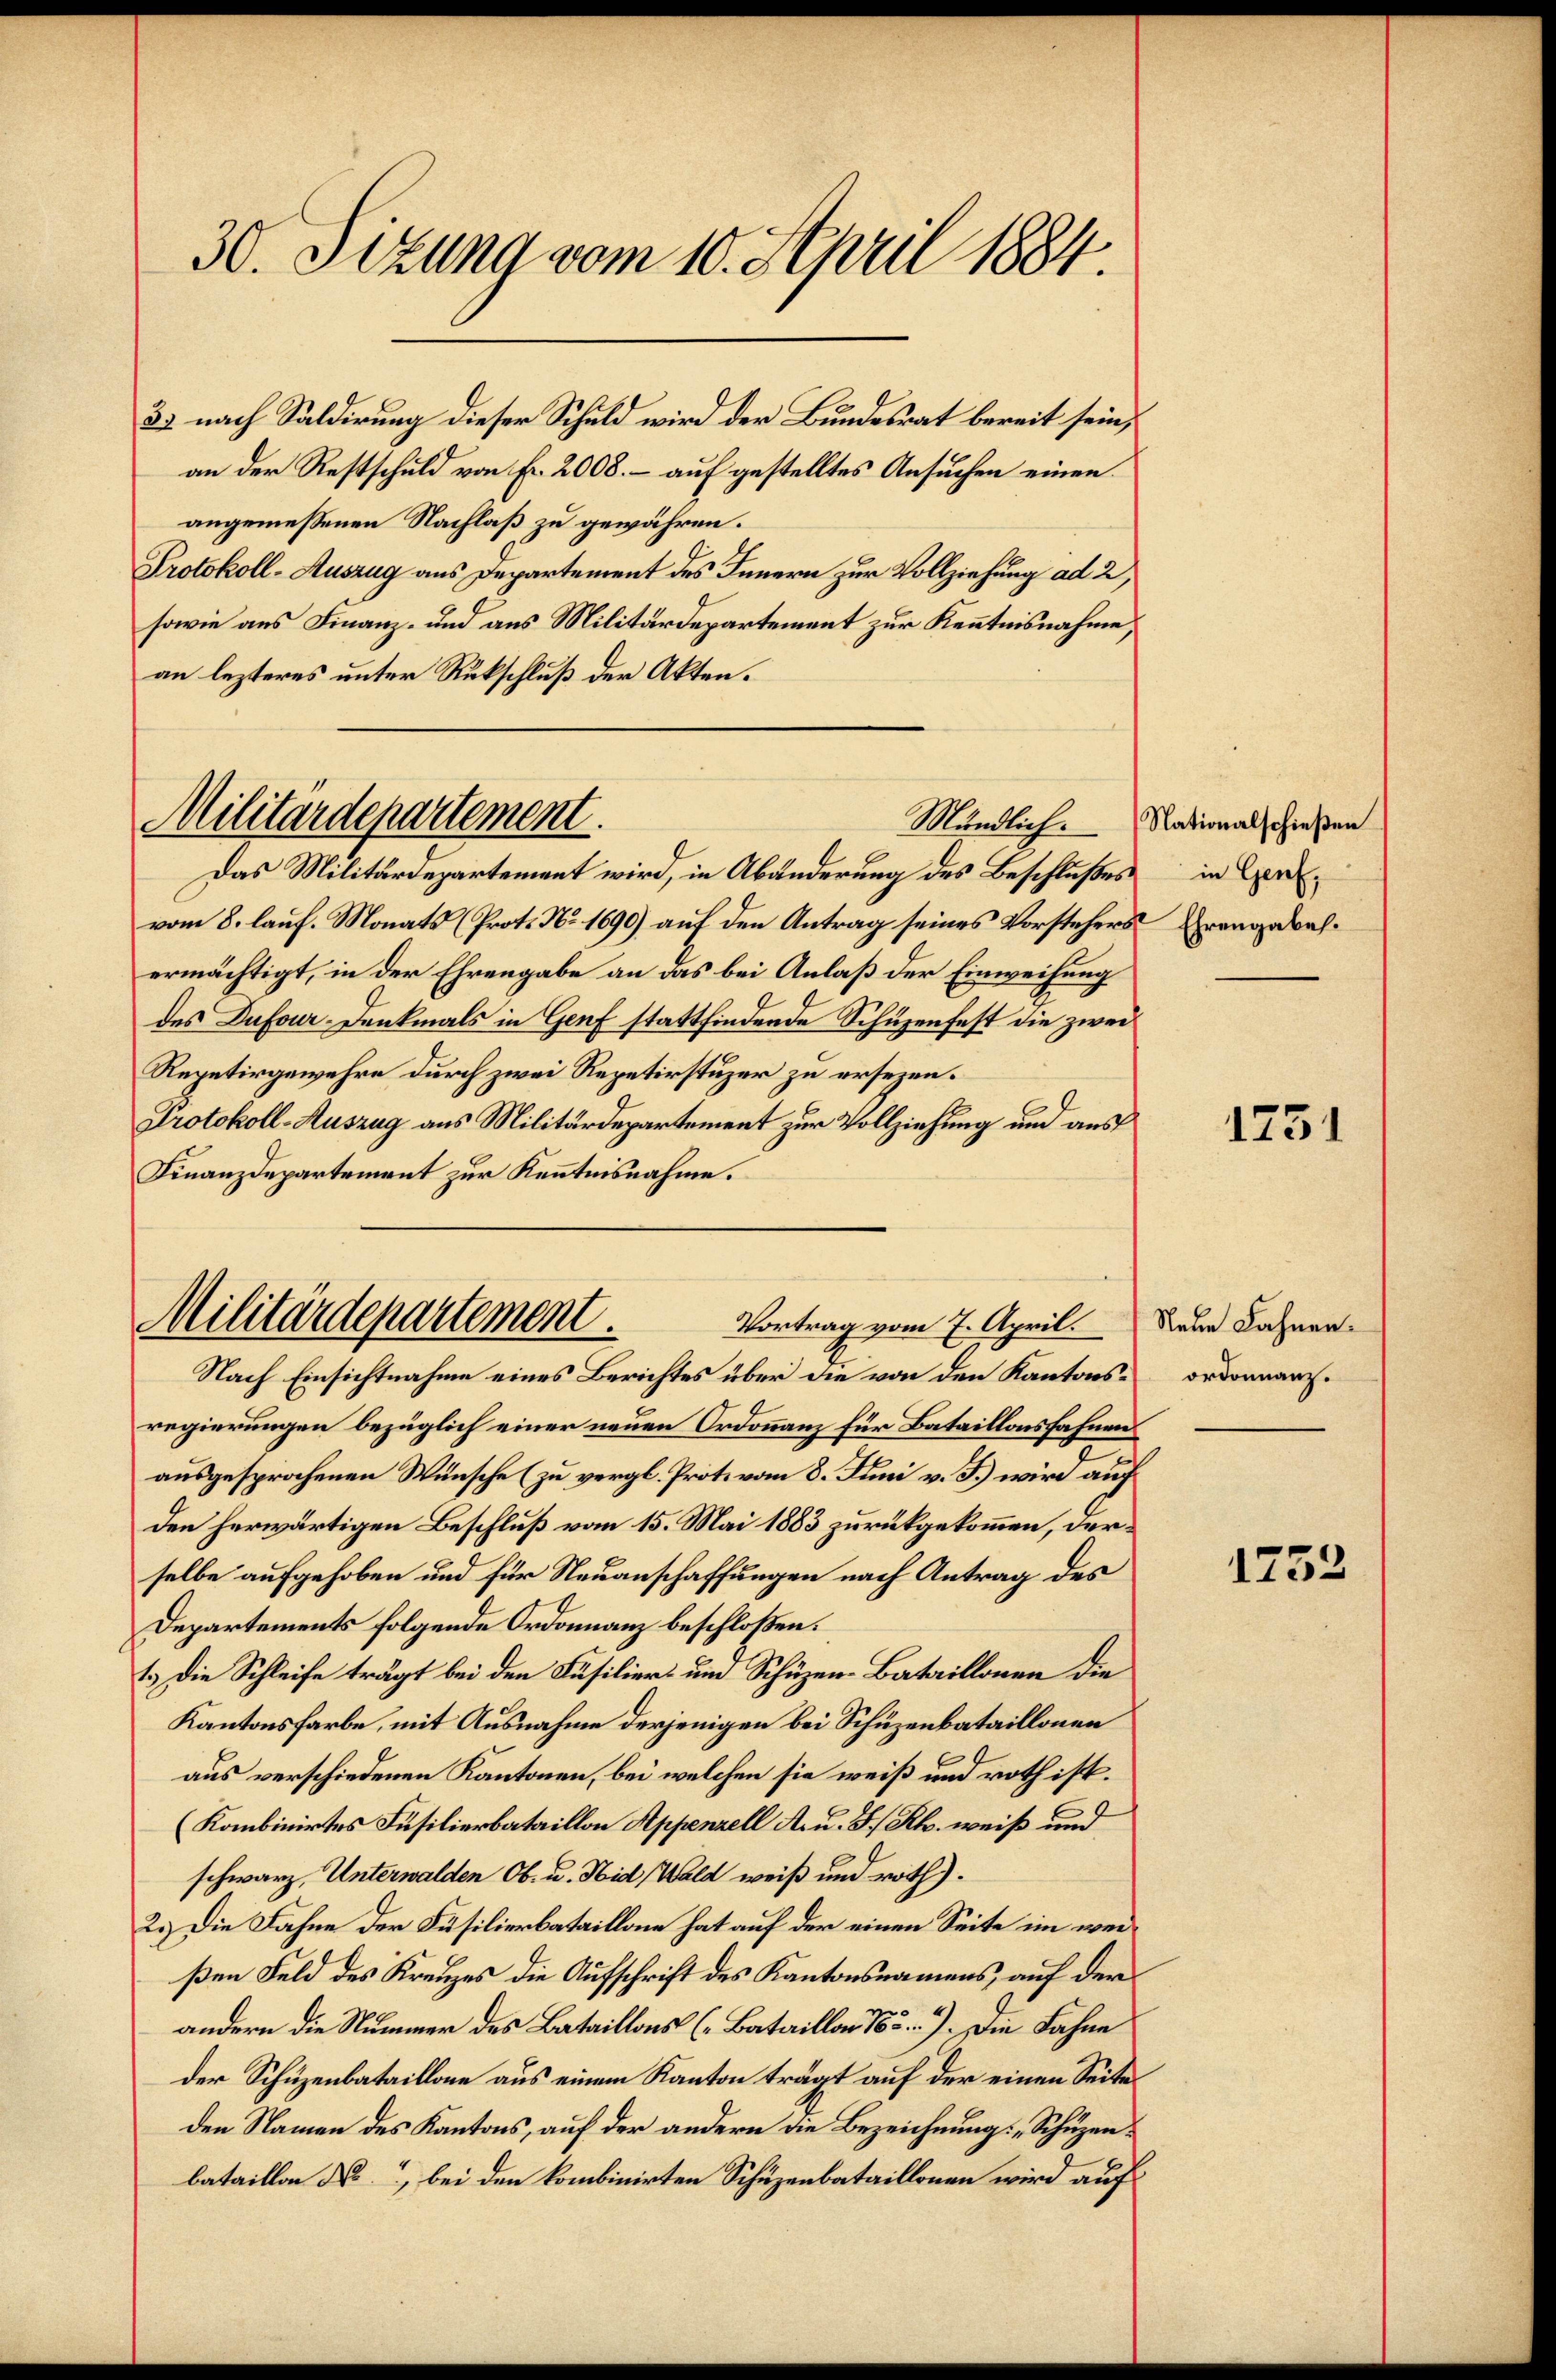
30. Sitzung vom 10. April 1884.

22 nach Saldirung dieser Schuld wird der Bundesrat bereit sein,
an der Restschuld von Fr. 2008. – auf gestelltes Ansuchen einen
angemessenen Nachlaß zu gewähren.
Protokoll-Auszug aus Departement des Innern zur Vollziehung ad 2,
sowie aus Finanz- und aus Militärdepartement zur Kenntnisnahme,
an lezteres unter Rückschluß der Akten.

Militärdepartement.

Das Militärdepartement wird, in Abänderung des Beschlußes
vom 8. lauf. Monats (Prot. No. 1690) auf den Antrag seines Vorstehers Grangebahermächtigt, in der Ehrengabe an das bei Anlaß der Einweisung
des Dufour-Denkmals in Genf stattfindende Schüzenfest die zwei
Repetirgewehre durch zwei Repetirstuzer zu ersezen.
Protokoll-Auszug aus Militärdepartement zur Vollziehung und aus
Finanzdepartement zur Kenntnisnahme.
Nach Einsichtnahme eines Berichtes über die von den Kantonsregierungen bezüglich einer neuen Ordonnanz für Bataillonsfahnen
ausgesprochenen Wünsche (zu vergl. Proto vom 8. Juni v. J.) wird auf
den herwärtigen Beschluß vom 15. Mai 1883 zurückgekommen, derselbe aufgehoben und für Neuanschaffungen nach Antrag des
Departements folgende Ordonnanz beschloßen:
1.) Die Schleife trägt bei den Füsilier- und Schüzen-Bataillonen die
Kantonsfarbe, mit Ausnahme derjenigen bei Schüzenbataillonen
aus verschiedenen Kantonen, bei welchen sie weiß und roth ist.
(Kombinirtes Füsilierbataillon Appenzell Acu. S. Rh. weiß und
schwarz, Unterwalden Ob- u. Nid, Wald weiß und roth).
2.) Die Fahne der Füsilierbataillone hat auf der einen Seite im weißen Feld des Kreuzes die Aufschrift des Kantonsnamens, auf der
andern die Nummer des Bataillons (Bataillon 185). Die Fahne
der Schüzenbataillone aus einem Kanton trägt auf der einen Seite
den Namen des Kantons, auf der andern die Bezeichnung: „Schüzenbataillon des, bei den kombinirten Schüzenbataillonen wird auf

Militärdepartement.
Vortrag vom 7. April.

Mündlich. Nationalschießen
in Genf,

1731

Neue Fahnen.
ordonnanz.

1252